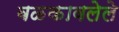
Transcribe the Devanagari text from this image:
बळकावलेले